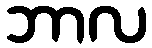
ဘာလ